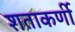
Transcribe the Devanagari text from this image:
शताकर्णी